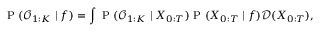
\mathrm { ~ P ~ } ( \mathcal { O } _ { 1 : K } \mid f ) = \int \mathrm { ~ P ~ } ( \mathcal { O } _ { 1 : K } \mid X _ { 0 : T } ) \mathrm { ~ P ~ } ( X _ { 0 : T } \mid f ) \mathcal { D } ( X _ { 0 : T } ) ,